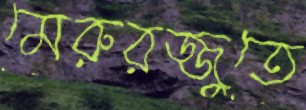
মেরুরজ্জুতে